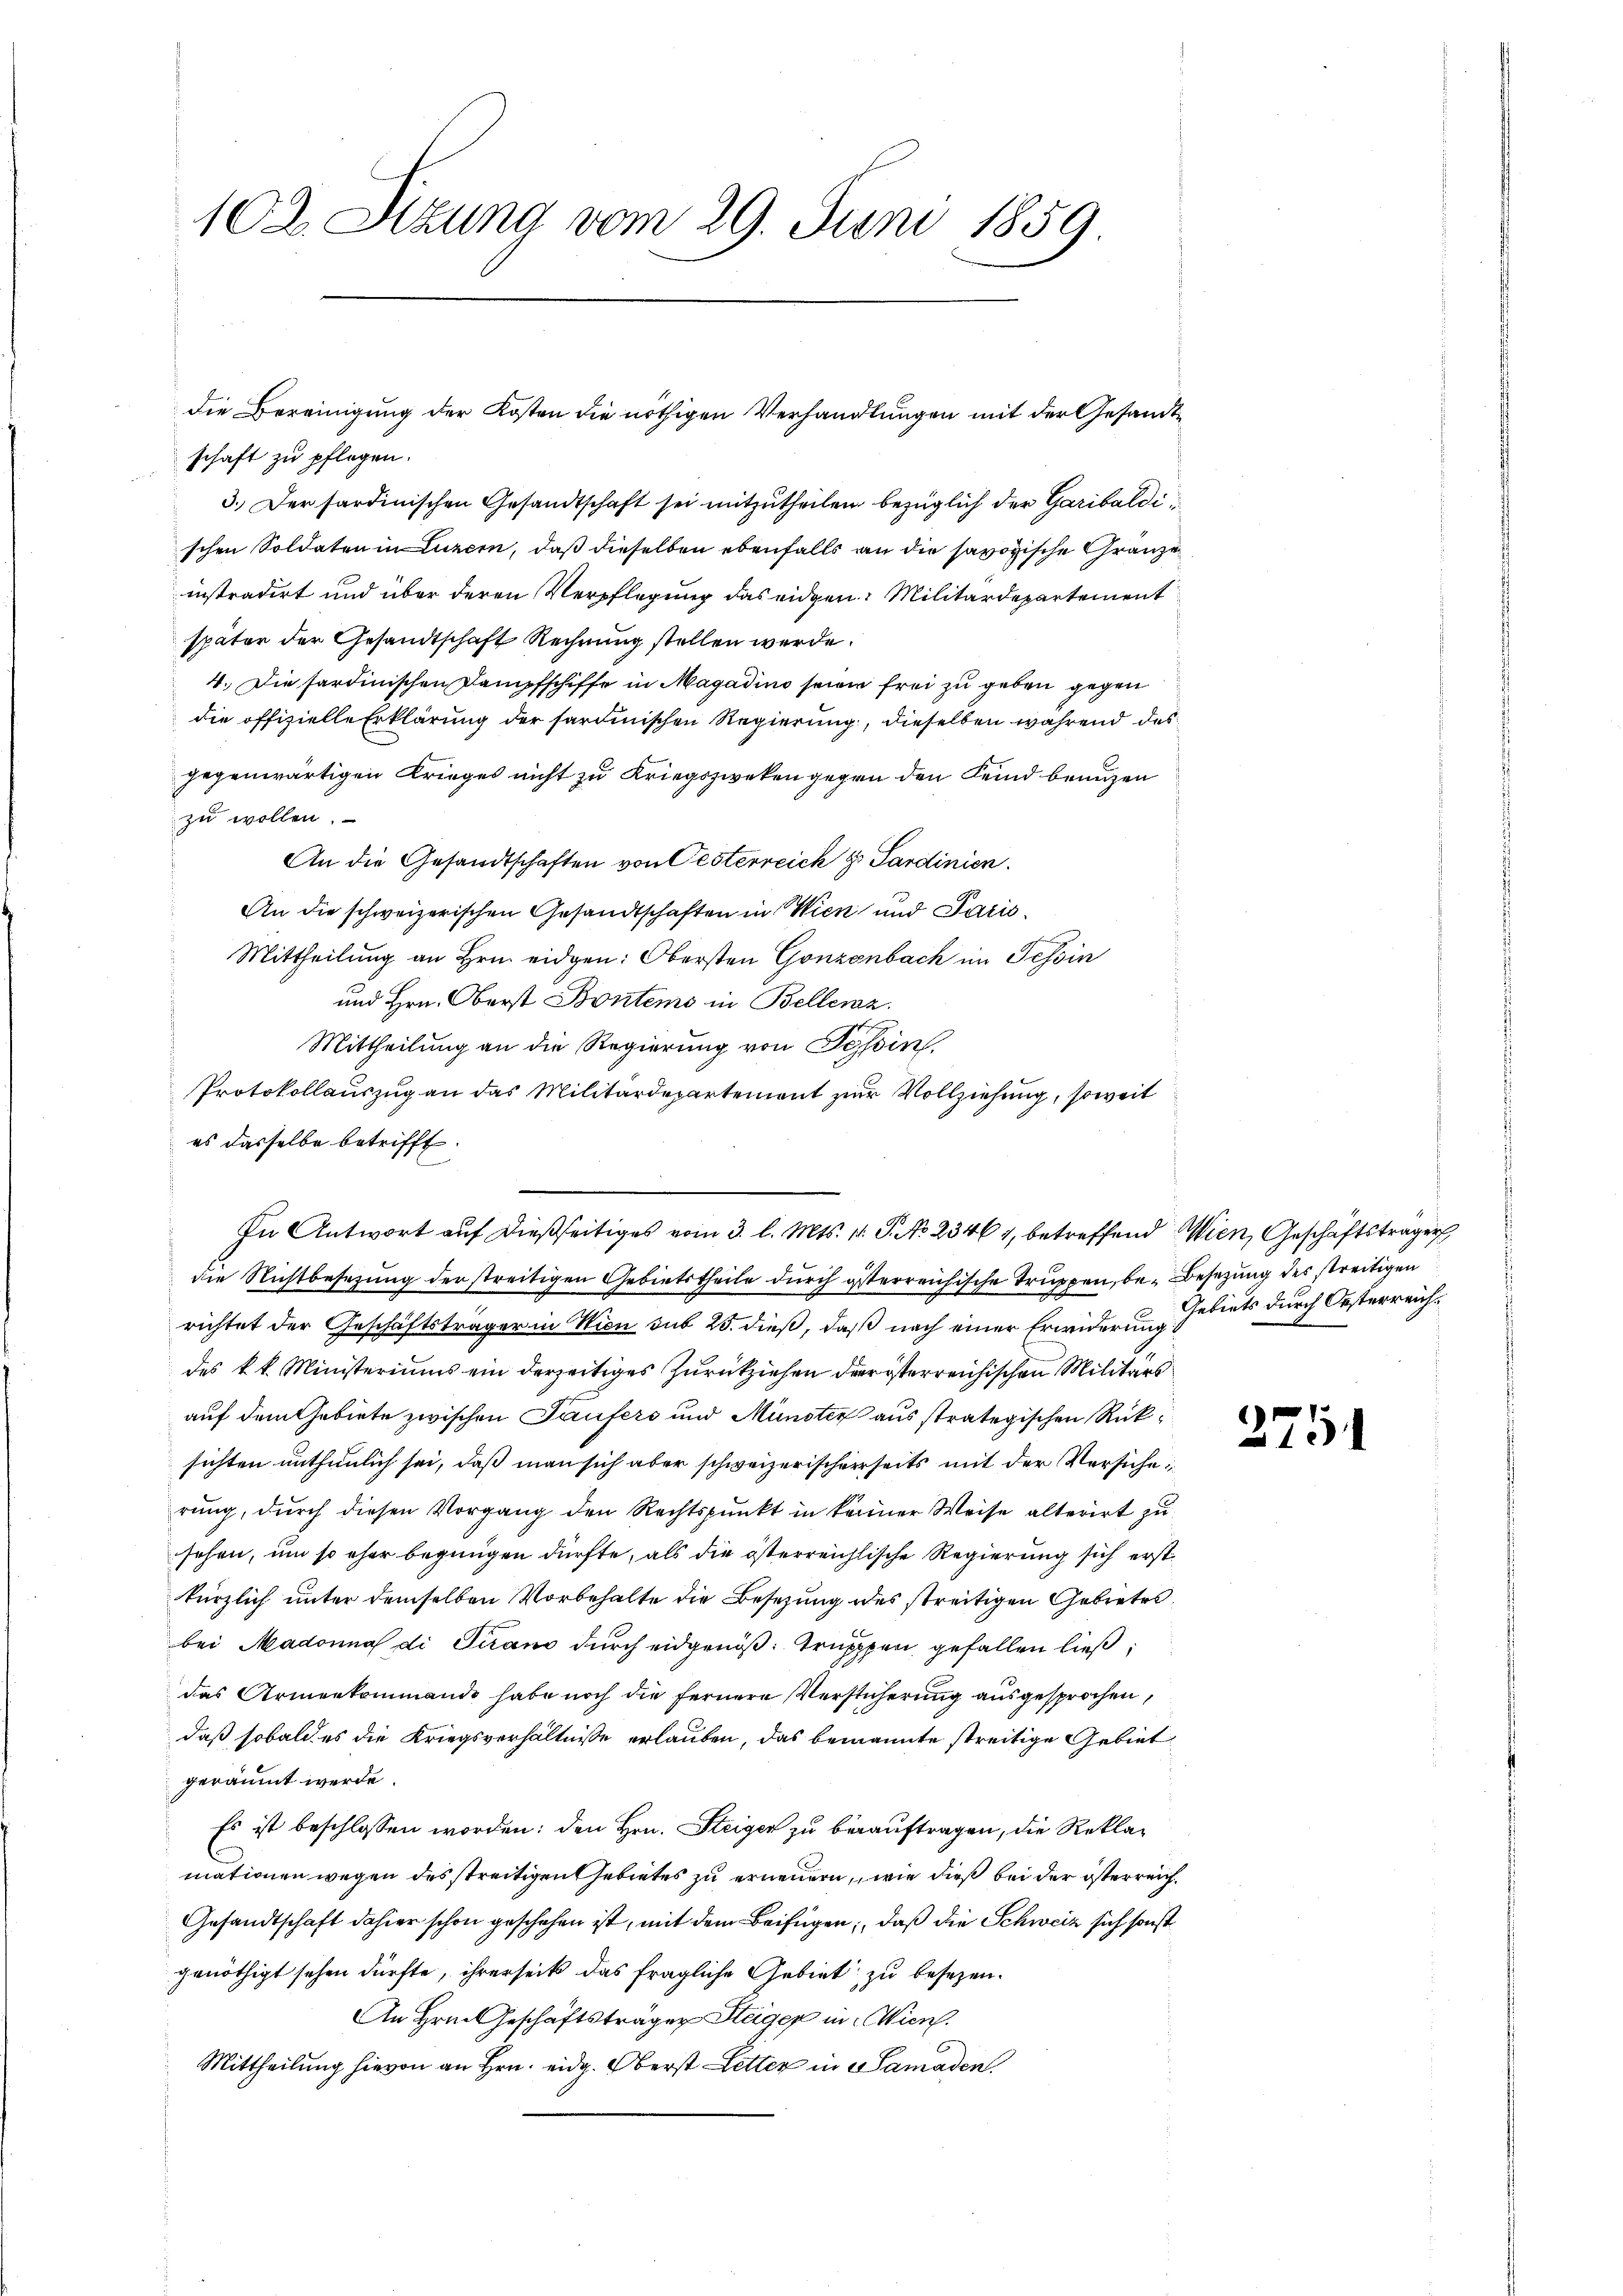
102. Sizung vom 29. Juni 1859

schaft zu pflegen.
3.) Der sardinischen Gesandtschaft sei mitzutheilen bezüglich der Garibaldi
schen Soldaten in Luzern, daß dieselben ebenfalls an die savoyische Gränze
instradirt und über deren Verpflegung das eidgen. Militärdepartement
später der Gesandtschaft Rechnung stellen werde.
4. Die sardinischen Dampfschiffe in Magadino seien frei zu geben gegen
die offizielle Erklärung der sardinischen Regierung, dieselben während des
gegenwärtigen Krieges nicht zu Kriegszweken gegen den Fund benuzen
zu wollen.
An die Gesandtschaften von Oesterreich zu Sardinien.
An die schweizerischen Gesandtschaften in Wien und Paris
Mittheilung an Hrn. eidgen: Obersten Gonzenbach im Tessin
und Hrn. Oberst Bontems in Bellenz.
Mittheilung an die Regierung von Tessin,
Protokollauszug an das Militärdepartement zur Vollziehung, soweit
es dasselbe betrifft.
die Nichtbesezung der streitigen Gebietstheile durch gesterreichische Truppen, be- Besetzung des streitigen
richtet der Geschäftsträger in Wien sub 25. dieß, daß nach einer Erwiderung
des k. k. Ministeriums ein derzeitiges Zurückziehen der österreichischen Militärs
auf dem Gebiete zwischen Taufers und Münster aus strategischen Rücksichten unthunlich sei, daß man sich aber schweizerischerseits mit der Versiche
rung, durch diesen Vorgang den Rechtspunkt in keiner Weise alterirt zu
sehen, um so eher begnügen dürfte, als die österreichlische Regierung sich erstkürzlich unter demselben Vorbehalte die Besetzung des streitigen Gebrete
bei Madonna di Serand durch eidgenöß: Trupppen gefallen ließ,
das Armenkommando habe noch die fernere Versticherung ausgesprochen,
daß sobald es die Kriegsverhältnisse erlauben, das benannte streitige Gebiet
geräumt werde.
Es ist beschlossen worden: den Hrn. Steiger zu berauftragen, die Reklamationen wegen des streitigen Gebietes zu erneuern, wie dieß bei der österreich¬
Gesandtschaft dahier schon geschehen ist, mit dem Beifügen, daß die Schweiz sich sonst
genöthigt sehen dürfte, ihrerseits das fragliche Gebiet zu besezen.
An Hrn. Geschäftsträgen Steiger in Wien.
Mittheilung hievon an Hrn. eidg. Oberst Letter in Samaden.

die Bereinigung der Kosten die nöthigen Verhandlungen mit der Gesandte

In Antwort auf dießseitiges vom 3. l. Mts. 1 S. No 23464, betreffend Wien, Geschäftsträger

Gebiets durch Oesterreich¬

2751